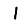
Digit: 1